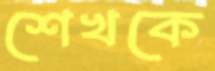
শেখকে